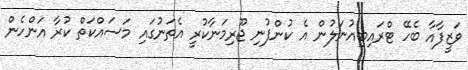
ވަޒީފާއާ ބެހޭ ޓްރައިބިއުނަލުން އެ ކުންފުނި ޖޫރިމަނާކުރީ އެތަނުގައި މަސައްކަތް ކުރާ އަންހެން